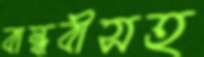
বান্ধবীসহ